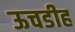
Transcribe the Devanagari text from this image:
ऊचडीह